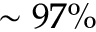
\sim 9 7 \%